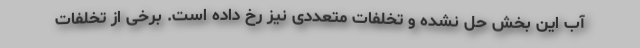
آب این بخش حل نشده و تخلفات متعددی نیز رخ داده است. برخی از تخلفات